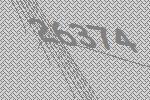
26374